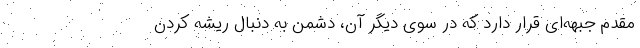
مقدم جبهه‌ای قرار دارد که در سوی دیگر آن، دشمن به دنبال ریشه کردن